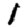
Digit: 1